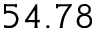
5 4 . 7 8